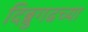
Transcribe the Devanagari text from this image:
दिब्रुगढच्या